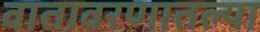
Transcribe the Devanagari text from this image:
वातावरणातल्या